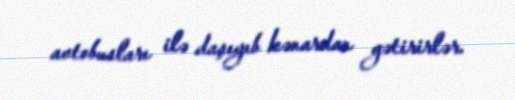
avtobusları ilə daşıyıb kənardan gətirirlər.